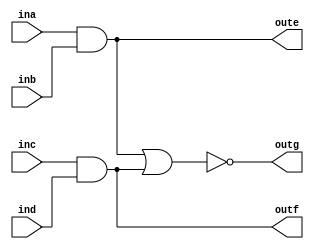
`timescale 1ns / 1ps

module aoi1(
    input ina, inb, inc, ind,
    output oute, outf, outg
);
    
    assign oute = ina & inb;
    assign outf = inc & ind;
    assign outg = ~(oute | outf);
    
endmodule